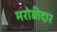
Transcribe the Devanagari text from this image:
मरोड़ीदार